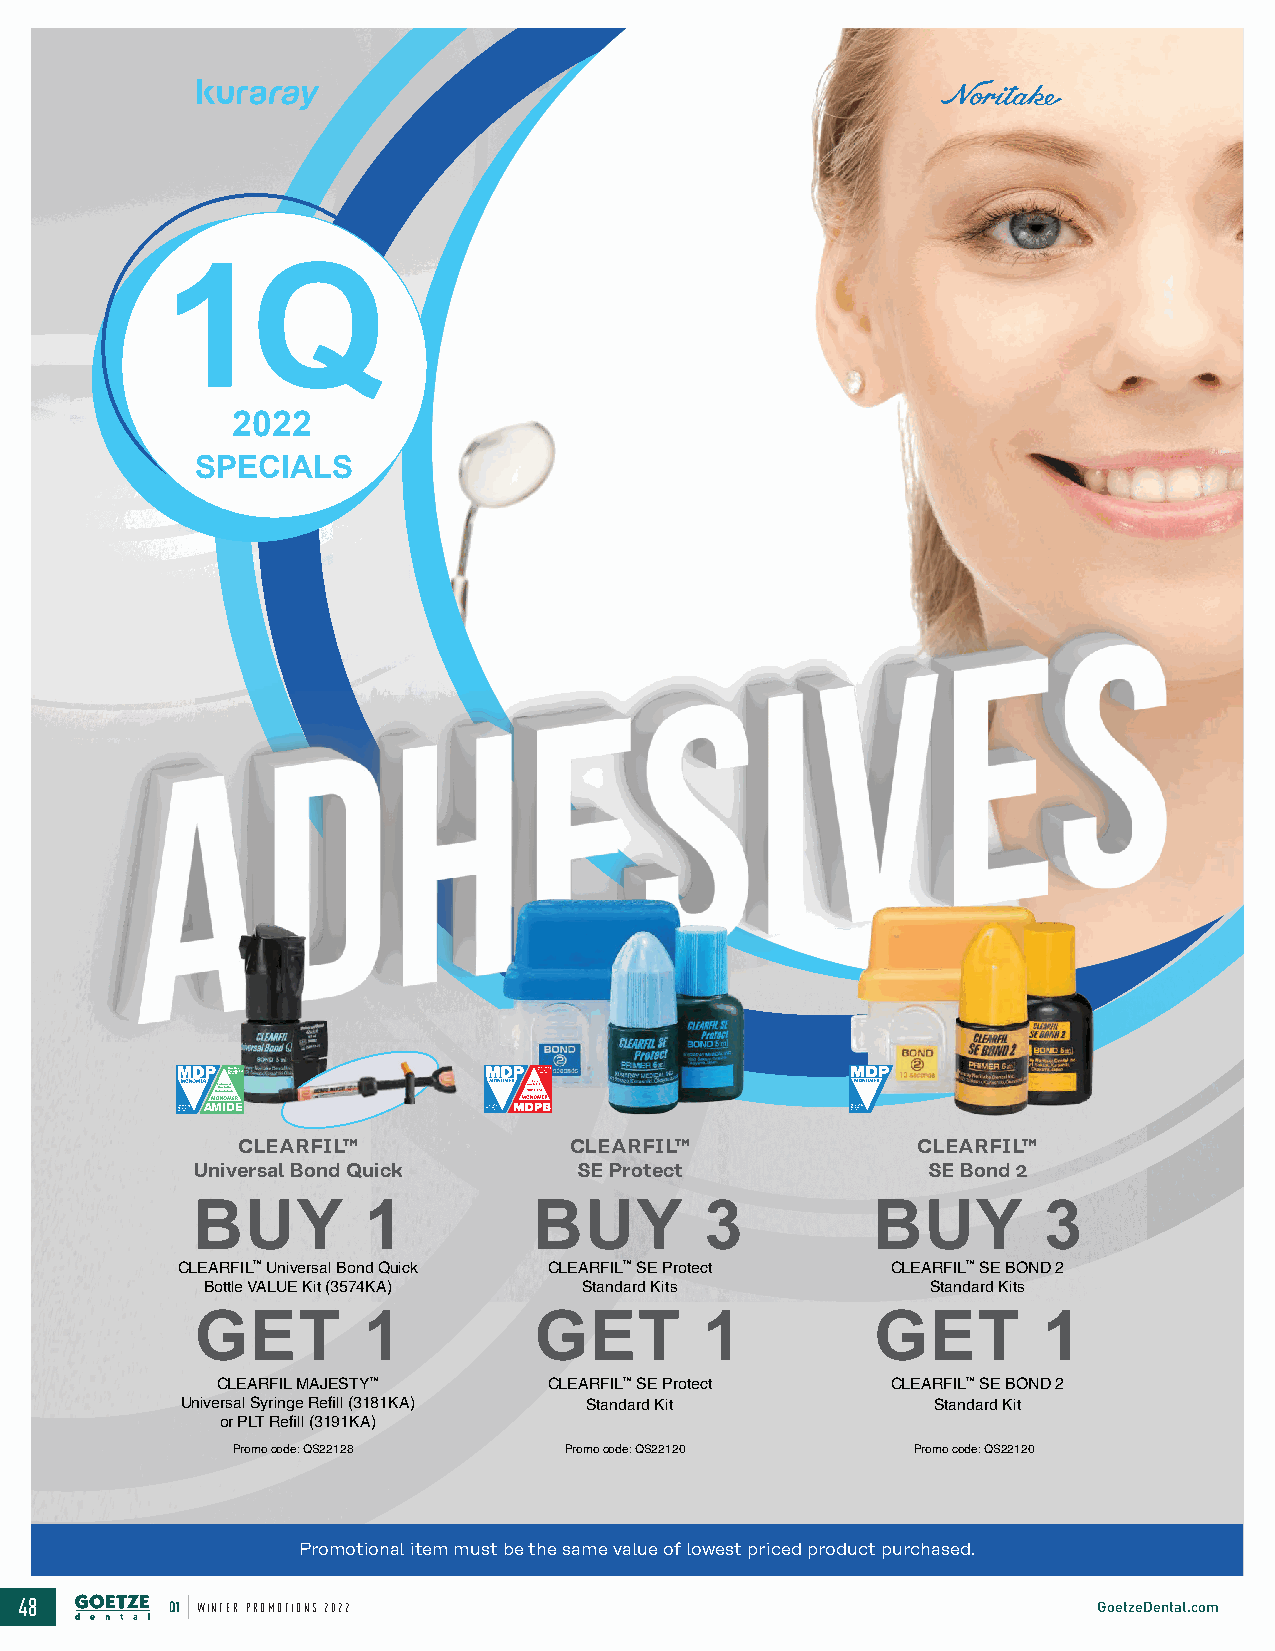
1Q
 2022
 SPECIALS
 CPRrereesdauitlcitnstagble
 HyECdnurh oraa pbn hic illie itcdyity
 AMIDE
 CLEARFIL™             CLEARFIL™              CLEARFIL™
 Universal Bond Quick     SE Protect              SE Bond 2
 BUY        1           BUY        3          BUY        3
 CLEARFIL™ Universal Bond Quick CLEARFIL™ SE Protect CLEARFIL™ SE BOND 2
 Bottle VALUE Kit (3574KA) Standard Kits         Standard Kits
 GET        1           GET        1          GET        1
 CLEARFIL MAJESTY™    CLEARFIL™ SE Protect   CLEARFIL™ SE BOND 2
 Universal Syringe Refill (3181KA) Standard Kit    Standard Kit
 or PLT Refill (3191KA)
 Promo code: QS22128   Promo code: QS22120    Promo code: QS22120
 Promotional item must be the same value of lowest priced product purchased.
 48        Q1 WINTER PROMOTIONS 2022                                     GoetzeDental.com